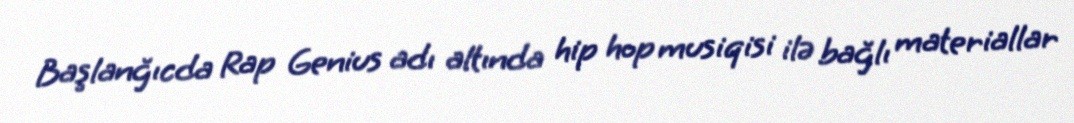
Başlanğıcda Rap Genius adı altında hip hop musiqisi ilə bağlı materiallar